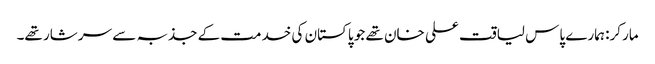
مارکر: ہمارے پاس لیاقت علی خان تھے جو پاکستان کی خدمت کے جذبہ سے سرشار تھے۔